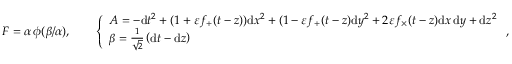
\begin{array} { r } { F = \alpha \, \phi ( \beta / \alpha ) , \qquad \left\{ \begin{array} { l l } { A = - \mathrm { d } t ^ { 2 } + ( 1 + \varepsilon f _ { + } ( t - z ) ) \mathrm { d } x ^ { 2 } + ( 1 - \varepsilon f _ { + } ( t - z ) \mathrm { d } y ^ { 2 } + 2 \varepsilon f _ { \times } ( t - z ) \mathrm { d } x \, \mathrm { d } y + \mathrm { d } z ^ { 2 } } \\ { \beta = \frac { 1 } { \sqrt { 2 } } \left( \mathrm { d } t - \mathrm { d } z \right) } \end{array} \right. , } \end{array}